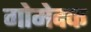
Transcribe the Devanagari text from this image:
गोमेदक